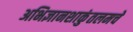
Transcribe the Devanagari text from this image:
अभिज्ञानशाकुंतलमचे